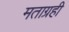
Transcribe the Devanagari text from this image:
मताग्रही